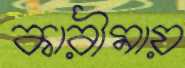
কারীমায়